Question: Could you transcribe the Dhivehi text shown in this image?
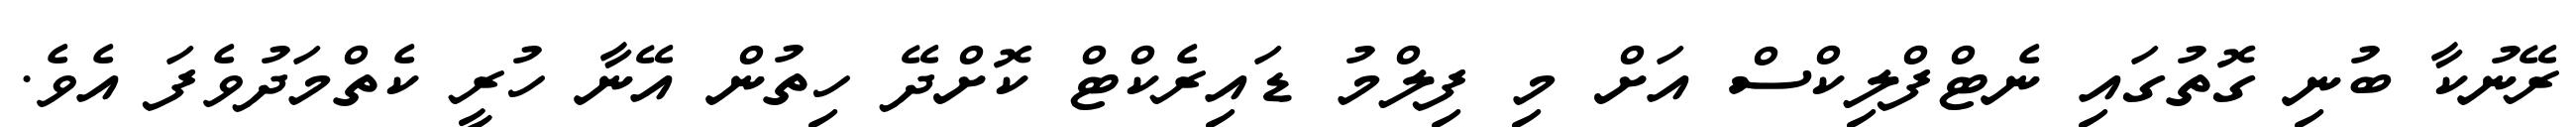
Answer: ރޭނުކާ ބުނި ގޮތުގައި ނެޓްފްލިކްސް އަށް މި ފިލްމު ޑައިރެކްޓް ކޮށްދޭ ހިތުން އޭނާ ހުރީ ކެތްމަދުވެފަ އެވެ.